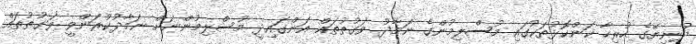
ދުނިޔޭގެ ހުރިހާ ކަންކޮޅުތަކުގައި މުސްލިމުންގެ ނަމާދު ވަގުތުތައް އަންގައިދީ މުސްލިމުންނަށް ނަމާދުކުރަންވީ ވަގުތުތައް